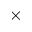
\times